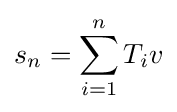
\displaystyle {s_{n}=\sum _{i=1}^{n}T_{i}v}